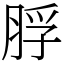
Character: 脬